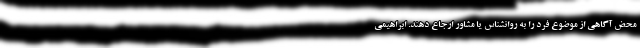
محض آگاهی از موضوع فرد را به روانشناس یا مشاور ارجاع دهند. ابراهیمی